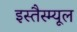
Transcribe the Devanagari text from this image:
इस्तैस्म्यूल